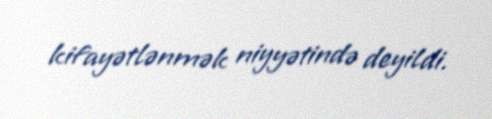
kifayətlənmək niyyətində deyildi.